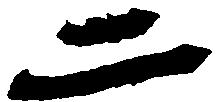
二